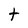
Character: t